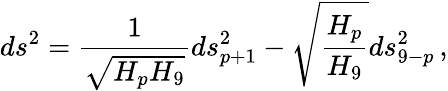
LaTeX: ds^{2}={\frac{1}{\sqrt{H_{p}H_{9}}}}ds_{p+1}^{2}-\sqrt{{\frac{H_{p}}{H_{9}}}}ds_{9-p}^{2}\, ,